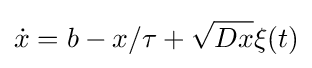
{\dot {x}}=b-x/\tau +{\sqrt {Dx}}\xi (t)